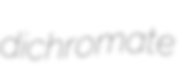
dichromate